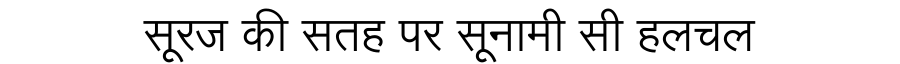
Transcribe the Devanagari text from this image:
सूरज की सतह पर सूनामी सी हलचल